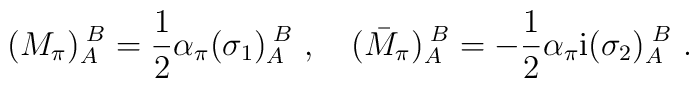
(M_\pi)_A^{\;B}=\frac{1}{2}\alpha_{\pi}(\sigma_1)_A^{\;B}\ ,\quad (\bar{M}_{\pi})_A^{\;B}=-\frac{1}{2}\alpha_{\pi}{\rm i}(\sigma_2)_A^{\;B}\ .